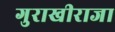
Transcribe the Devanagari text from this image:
गुराखीराजा